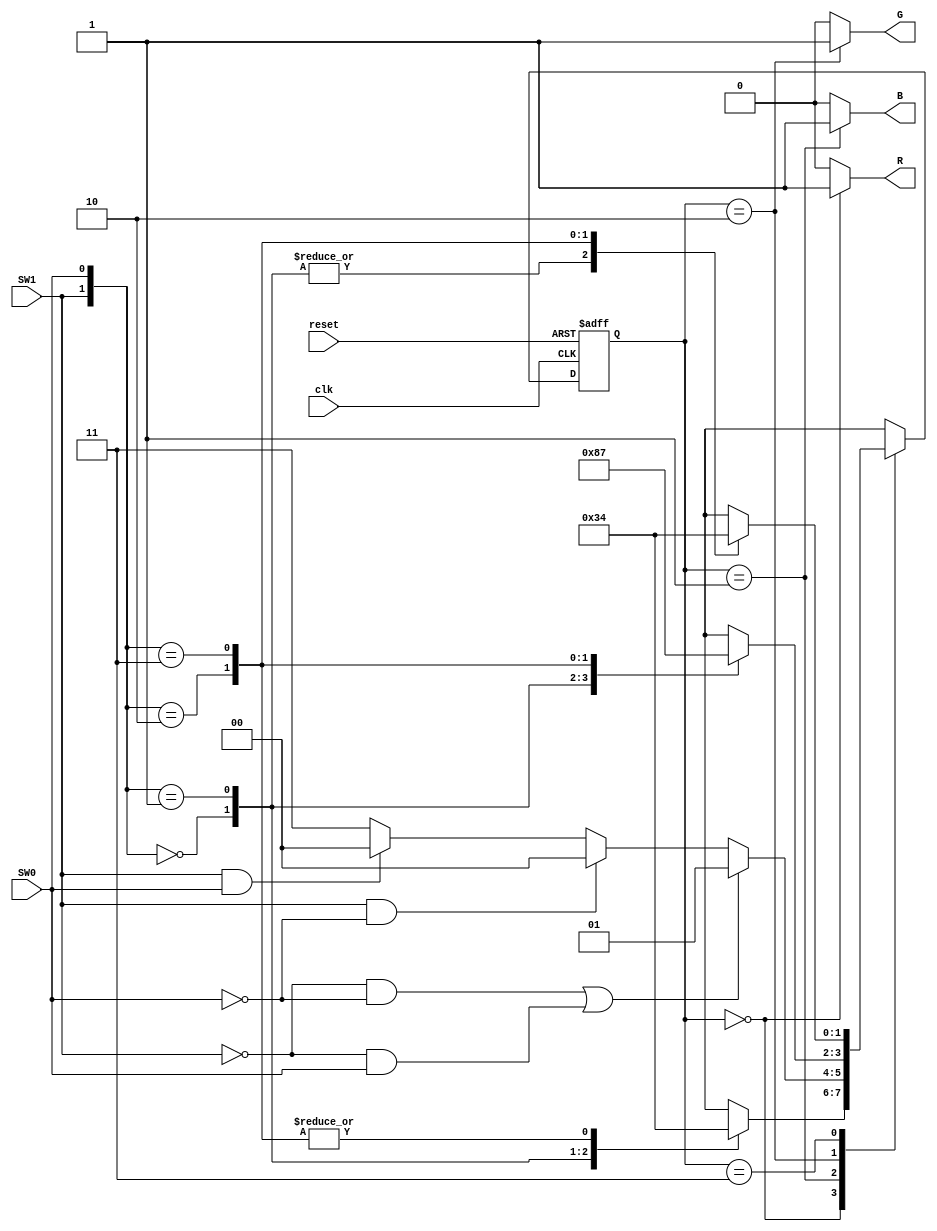
 
module Moore_State_Machine_4
(
	// Input Ports
	input clk,
	input reset,
	input SW0,
	input SW1,

	// Output Ports
	output R,
	output B,
	output G	
);

localparam RED = 0;
localparam BLUE = 1;
localparam GREEN = 2;
localparam NON_COLOR = 3;

reg [1:0] state; 

reg r_reg;
reg b_reg;
reg g_reg;

wire [1:0] SWs;
/*------------------------------------------------------------------------------------------*/

assign SWs = {SW1, SW0};


/*Asignacion de estado, proceso secuencial*/
always@(posedge clk, negedge reset) begin

	if(reset == 1'b0)
			state <= RED;
	else 
		case(state)
			
			RED:
				case(SWs)
					2'b00: state <= NON_COLOR;
					2'b01: state <= BLUE;
					2'b10: state <= RED;
					2'b11: state <= RED;
					default: state <= NON_COLOR;
				endcase
					
			BLUE:
				if ((SW1 ==0 && SW0 == 0) || (SW1 ==0 && SW0 == 1))
					state <= BLUE;
				else if((SW1 ==1 && SW0 == 0))
					state <= RED;	
				else if((SW1 ==1 && SW0 == 1))
					state <= RED;
				else
					state <= NON_COLOR;
			GREEN:
				case(SWs)
					2'b00: state <= GREEN;
					2'b01: state <= RED;
					2'b10: state <= BLUE;
					2'b11: state <= NON_COLOR;
					default: state <= GREEN;
				endcase
			NON_COLOR:
				case(SWs)
						2'b00: state <= NON_COLOR;
						2'b01: state <= NON_COLOR;
						2'b10: state <= BLUE;
						2'b11: state <= RED;
						default: state <= GREEN;
				endcase
			default:
					state <= RED;

			endcase
end//end always
/*------------------------------------------------------------------------------------------*/
/*Asignacin de salidas,proceso combintorio*/
always@(*) begin
	r_reg = 1'b0;
	b_reg = 1'b0;
	g_reg = 1'b0;
	case(state)

		RED: 
			begin
			r_reg = 1'b1;
			end
		
		BLUE: 
			begin
			b_reg = 1'b1;
			end
		GREEN:
			begin
			g_reg = 1'b1;
			end

	default: 		
			begin
			r_reg = 1'b0;
			b_reg = 1'b0;
			g_reg = 1'b0;
			end

	endcase
end

// Asingnacin de salidas

assign R = r_reg;
assign B = b_reg;
assign G = g_reg;

endmodule